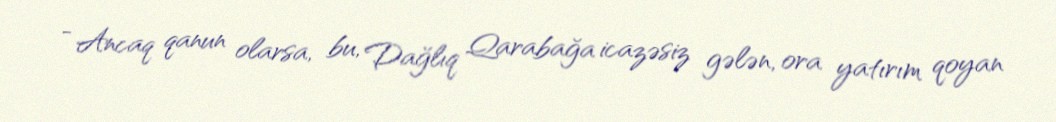
- Ancaq qanun olarsa, bu, Dağlıq Qarabağa icazəsiz gələn, ora yatırım qoyan